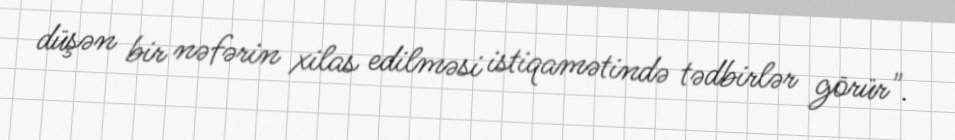
düşən bir nəfərin xilas edilməsi istiqamətində tədbirlər görür".